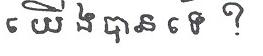
យើងបានទេ ?